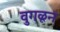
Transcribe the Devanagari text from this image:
वुगळून